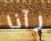
رآنا